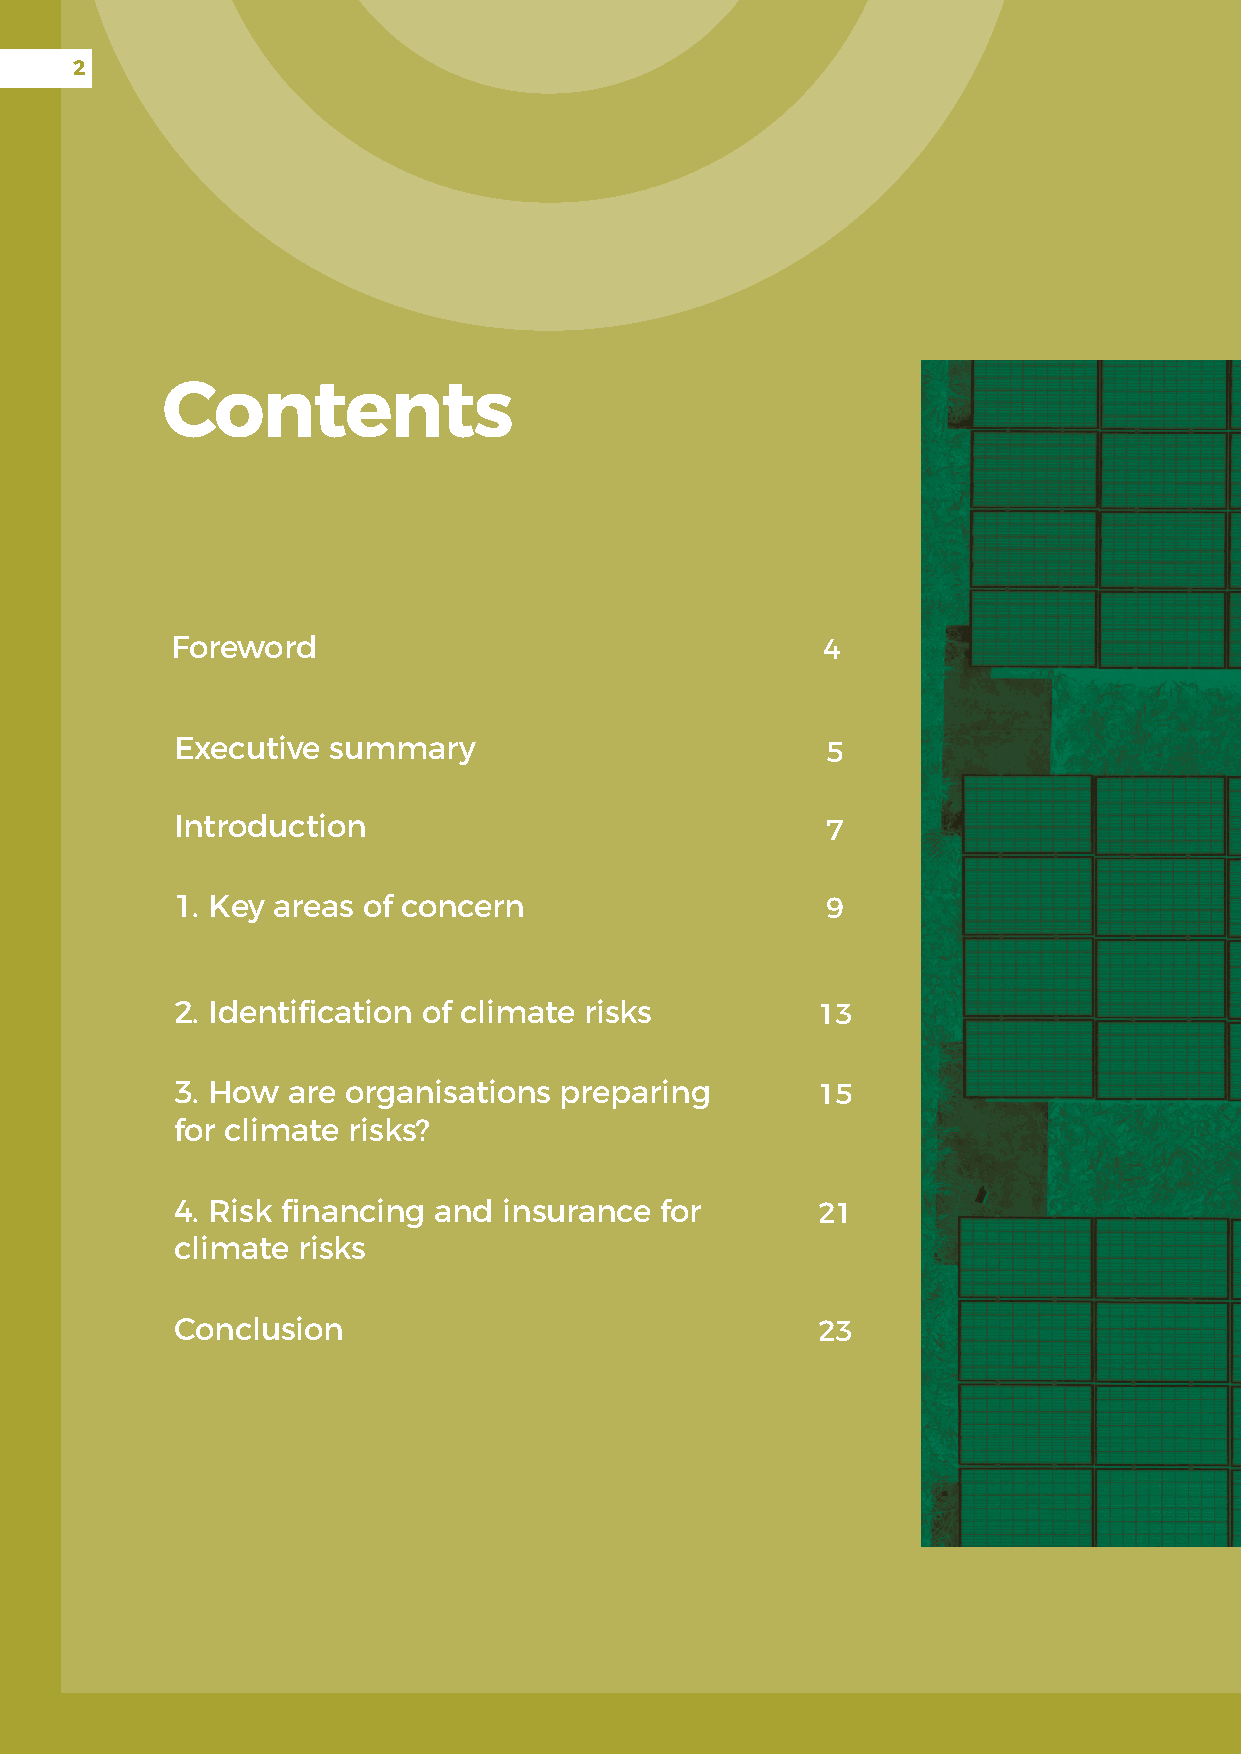
2
 Contents
 Foreword                                   4
 Executive summary                          5
 Introduction                               7
 1. Key areas of concern                    9
 2. Identification of climate risks        13
 3. How are organisations preparing        15
 for climate risks?
 4. Risk financing and insurance for       21
 climate risks
 Conclusion                                23